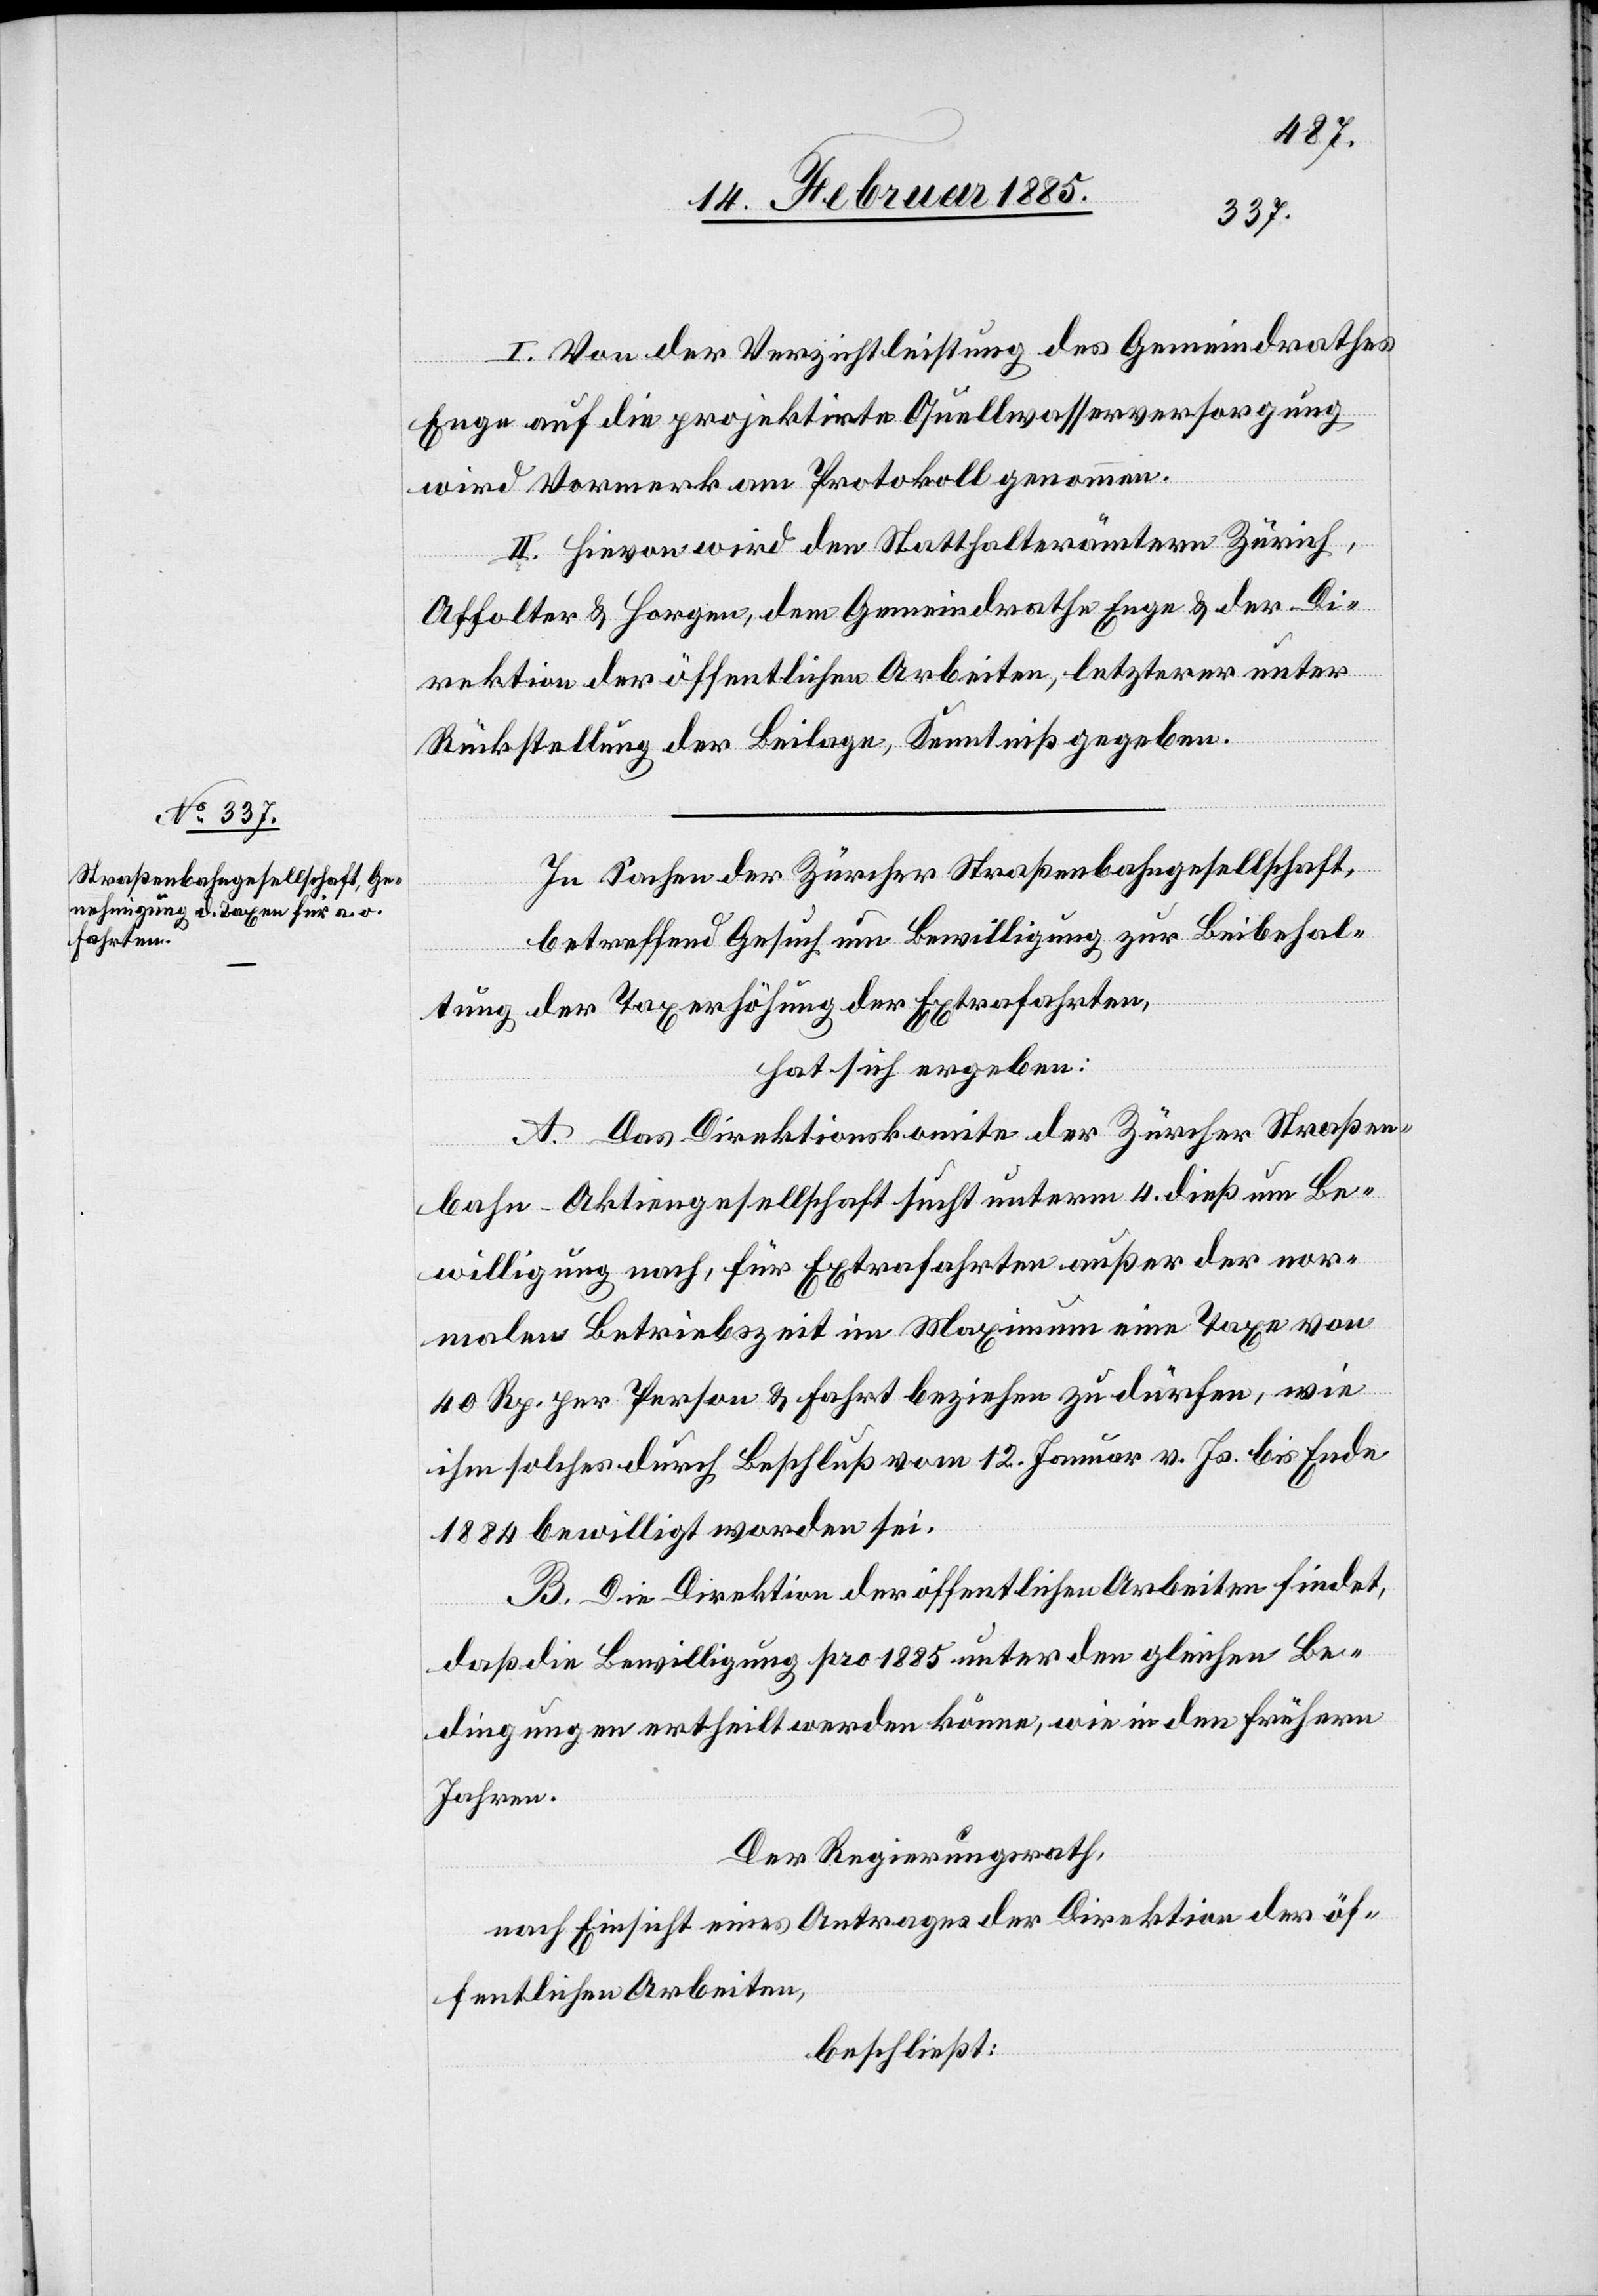
I. Von der Verzichtsleistung des Gemeindrathes
Enge auf die projektirte Quellwasserversorgung
wird Vormerk am Protokoll genommen.
II. Hievon wird den Statthalterämtern Zürich,
Affolter[n] & Horgen, dem Gemeindrath Enge & der Di¬
rektion der öffentlichen Arbeiten, letzterer unter
Rückstellung der Beilage, Kenntniß gegeben.
In Sachen der Zürcher Straßenbahngesellschaft,
betreffend Gesuch um Bewilligung zur Beibehal¬
tung der Taxerhöhung der Extrafahrten,
hat sich ergeben:
A. Das Direktionskomite der Zürcher Straßen¬
bahn-Aktiengesellschaft sucht unterm 4. dieß um Be¬
willigung nach, für Extrafahrten außer der nor¬
malen Betriebszeit im Maximum eine Taxe von
40 Rp. per Person & Fahrt beziehen zu dürfen, wie
ihm solches durch Beschluß vom 12. Januar v. Js. bis Ende
1884 bewilligt worden sei.
B. Die Direktion der öffentlichen Arbeiten findet,
daß die Bewilligung pro 1885 unter den gleichen Be¬
dingungen ertheilt werden könne, wie in den frühern
Jahren.
Der Regierungsrath,
nach Einblick eines Antrages der Direktion der öf¬
fentlichen Arbeiten,
beschließt: